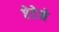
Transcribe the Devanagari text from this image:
ऐटेने